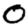
Digit: 0